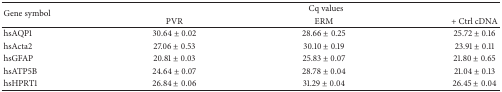
| <ROWSPAN=2> Gene symbol | <COLSPAN=3> Cq values |
 | PVR | ERM | + Ctrl cDNA |
 | --- | --- | --- | --- |
 | hsAQP1 | 30.64 ± 0.02 | 28.66 ± 0.25 | 25.72 ± 0.16 |
 | hsActa2 | 27.06 ± 0.53 | 30.10 ± 0.19 | 23.91 ± 0.11 |
 | hsGFAP | 20.81 ± 0.03 | 25.83 ± 0.07 | 21.80 ± 0.65 |
 | hsATP5B | 24.64 ± 0.07 | 28.78 ± 0.04 | 21.04 ± 0.13 |
 | hsHPRT1 | 26.84 ± 0.06 | 31.29 ± 0.04 | 26.45 ± 0.04 |